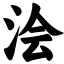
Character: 浍